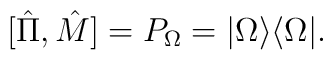
[\hat \Pi, \hat M ] =P_\Omega = |\Omega \rangle \langle \Omega|.